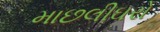
માછલીઘરો